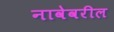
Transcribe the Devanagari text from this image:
नावेवरील